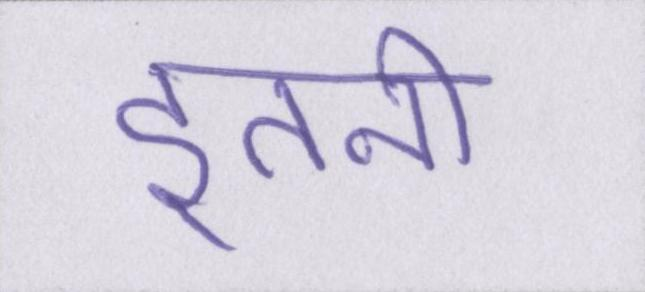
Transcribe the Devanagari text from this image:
इतनी